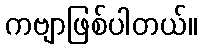
ကဗျာဖြစ်ပါတယ်။